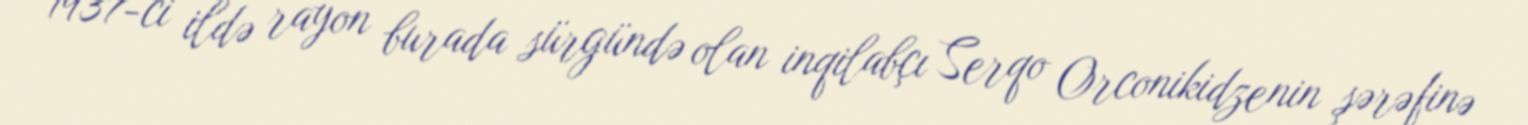
1937-ci ildə rayon burada sürgündə olan inqilabçı Serqo Orconikidzenin şərəfinə